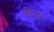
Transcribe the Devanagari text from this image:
द्विजः।